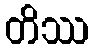
တိဿ